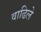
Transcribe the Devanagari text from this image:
वाढिले